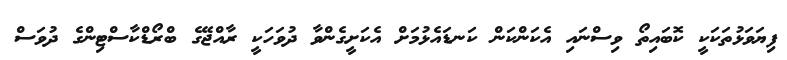
ފިޔަވަޅުތަކަކީ ކޮބައިތޯ ވިސްނައި އެކަންކަން ކަނޑައެޅުމަށް އެކަށީގެންވާ ދުވަހަކީ ރާއްޖޭގެ ބްރޯޑްކާސްޓިންގެ ދުވަސް